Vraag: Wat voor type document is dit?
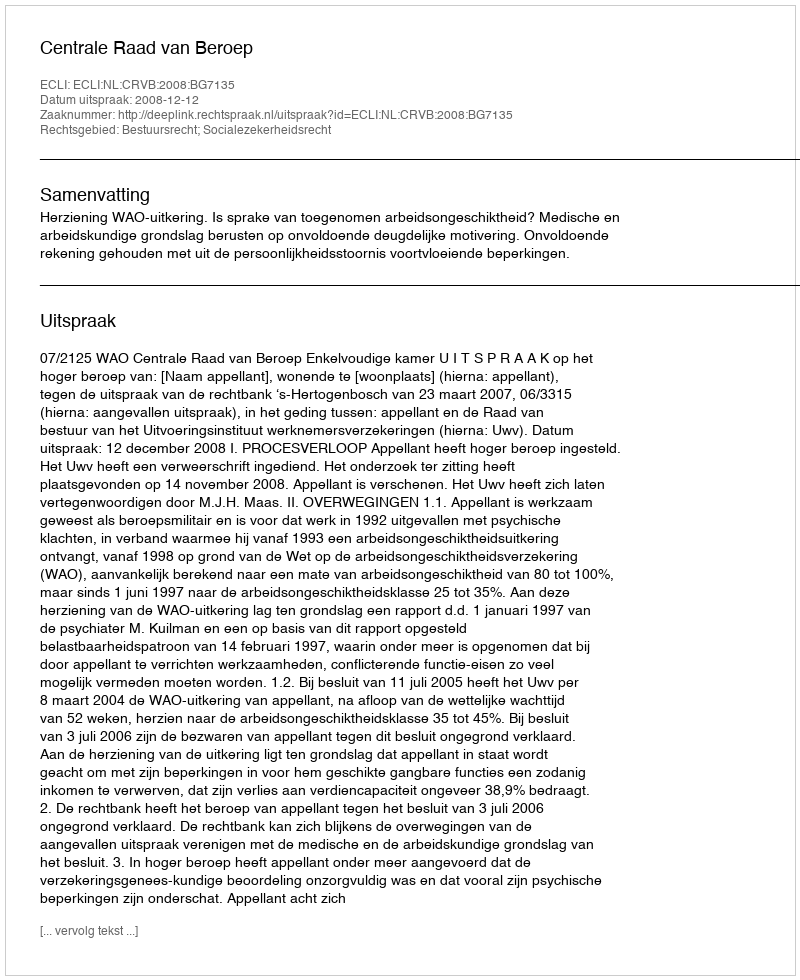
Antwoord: Uitspraak